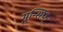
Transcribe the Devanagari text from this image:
मुन्सिफ़